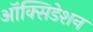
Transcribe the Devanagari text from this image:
ऑक्सिडेशन